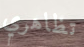
تظاهري